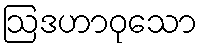
ဩဒဟာဝုသော